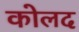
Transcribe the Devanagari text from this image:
कोलद